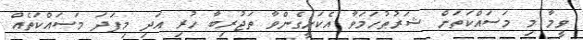
ވީމާ މި މަސައްކަތަށް ޝަރުޠުހަމަވާ އެކަށީގެންވާ ތަޖުރިބާ ހުރި އަދި މިފަދަ މަސައްކަތެއް